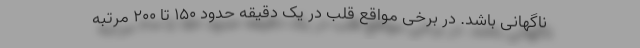
ناگهانی باشد. در برخی مواقع قلب در یک دقیقه حدود ۱۵۰ تا ۲۰۰ مرتبه